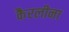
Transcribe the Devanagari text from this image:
कैरलीना